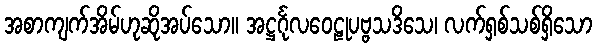
အစာကျက်အိမ်ဟုဆိုအပ်သော။ အဋ္ဌင်္ဂုလဝေဠုပဗ္ဗသဒိသေ၊ လက်ရှစ်သစ်ရှိသော